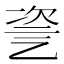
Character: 𠃻